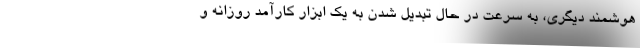
هوشمند دیگری، به سرعت در حال تبدیل شدن به یک ابزار کارآمد روزانه و